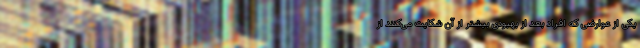
یکی از عوارضی که افراد بعد از بهبودی بیشتر از آن شکایت می‌کنند از